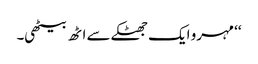
‘‘ مہرو ایک جھٹکے سے اٹھ بیٹھی۔